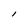
Character: l